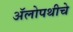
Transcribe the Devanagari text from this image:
अॅलोपथीचे